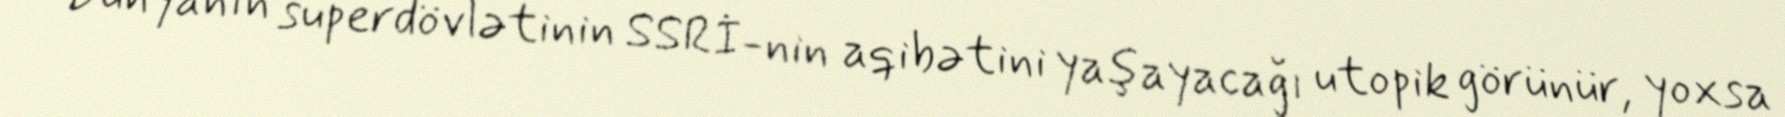
Dünyanın superdövlətinin SSRİ-nin aqibətini yaşayacağı utopik görünür, yoxsa